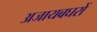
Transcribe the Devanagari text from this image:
अजायबघरों